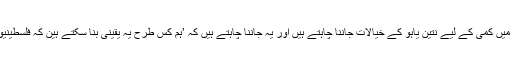
تاہم ان کا یہ بھی کہنا تھا کہ وہ تناؤ میں کمی کے لیے نتین یاہو کے خیالات جاننا چاہتے ہیں اور یہ جاننا چاہتے ہیں کہ ’ہم کس طرح یہ یقینی بنا سکتے ہین کہ فلسطینیوں کی جائز خواہشات کی تکمیل ہو‘۔